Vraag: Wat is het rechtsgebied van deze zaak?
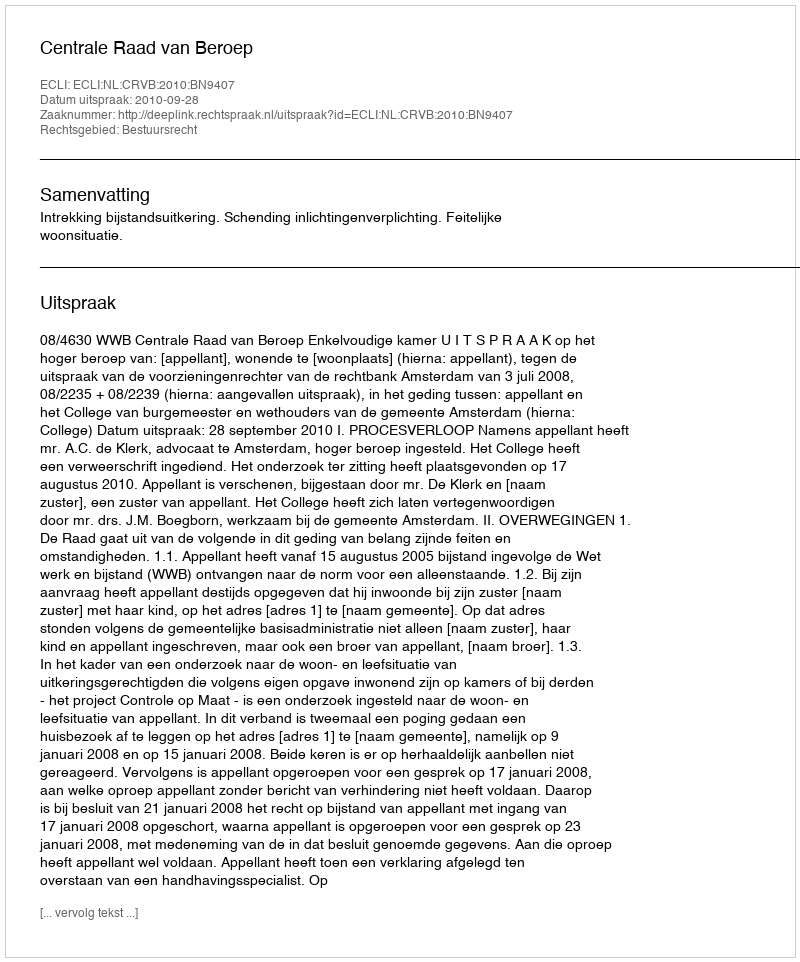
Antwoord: Bestuursrecht